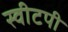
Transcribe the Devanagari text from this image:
स्वीटपी